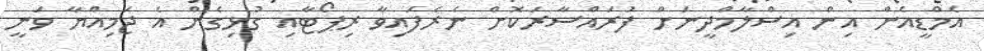
އެމްޑީއެން އިން އިސްލާމްދީނަށް ފުރައްސާރަކޮށް ނެރެފައިވާ ރިޕޯޓާއި ގުޅިގެން އެ ޖަމިއްޔާ ވަނީ